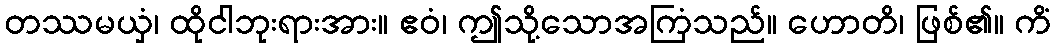
တဿမယှံ၊ ထိုငါဘုးရားအား။ ဧဝံ၊ ဤသို့သောအကြံသည်။ ဟောတိ၊ ဖြစ်၏။ ကိံ